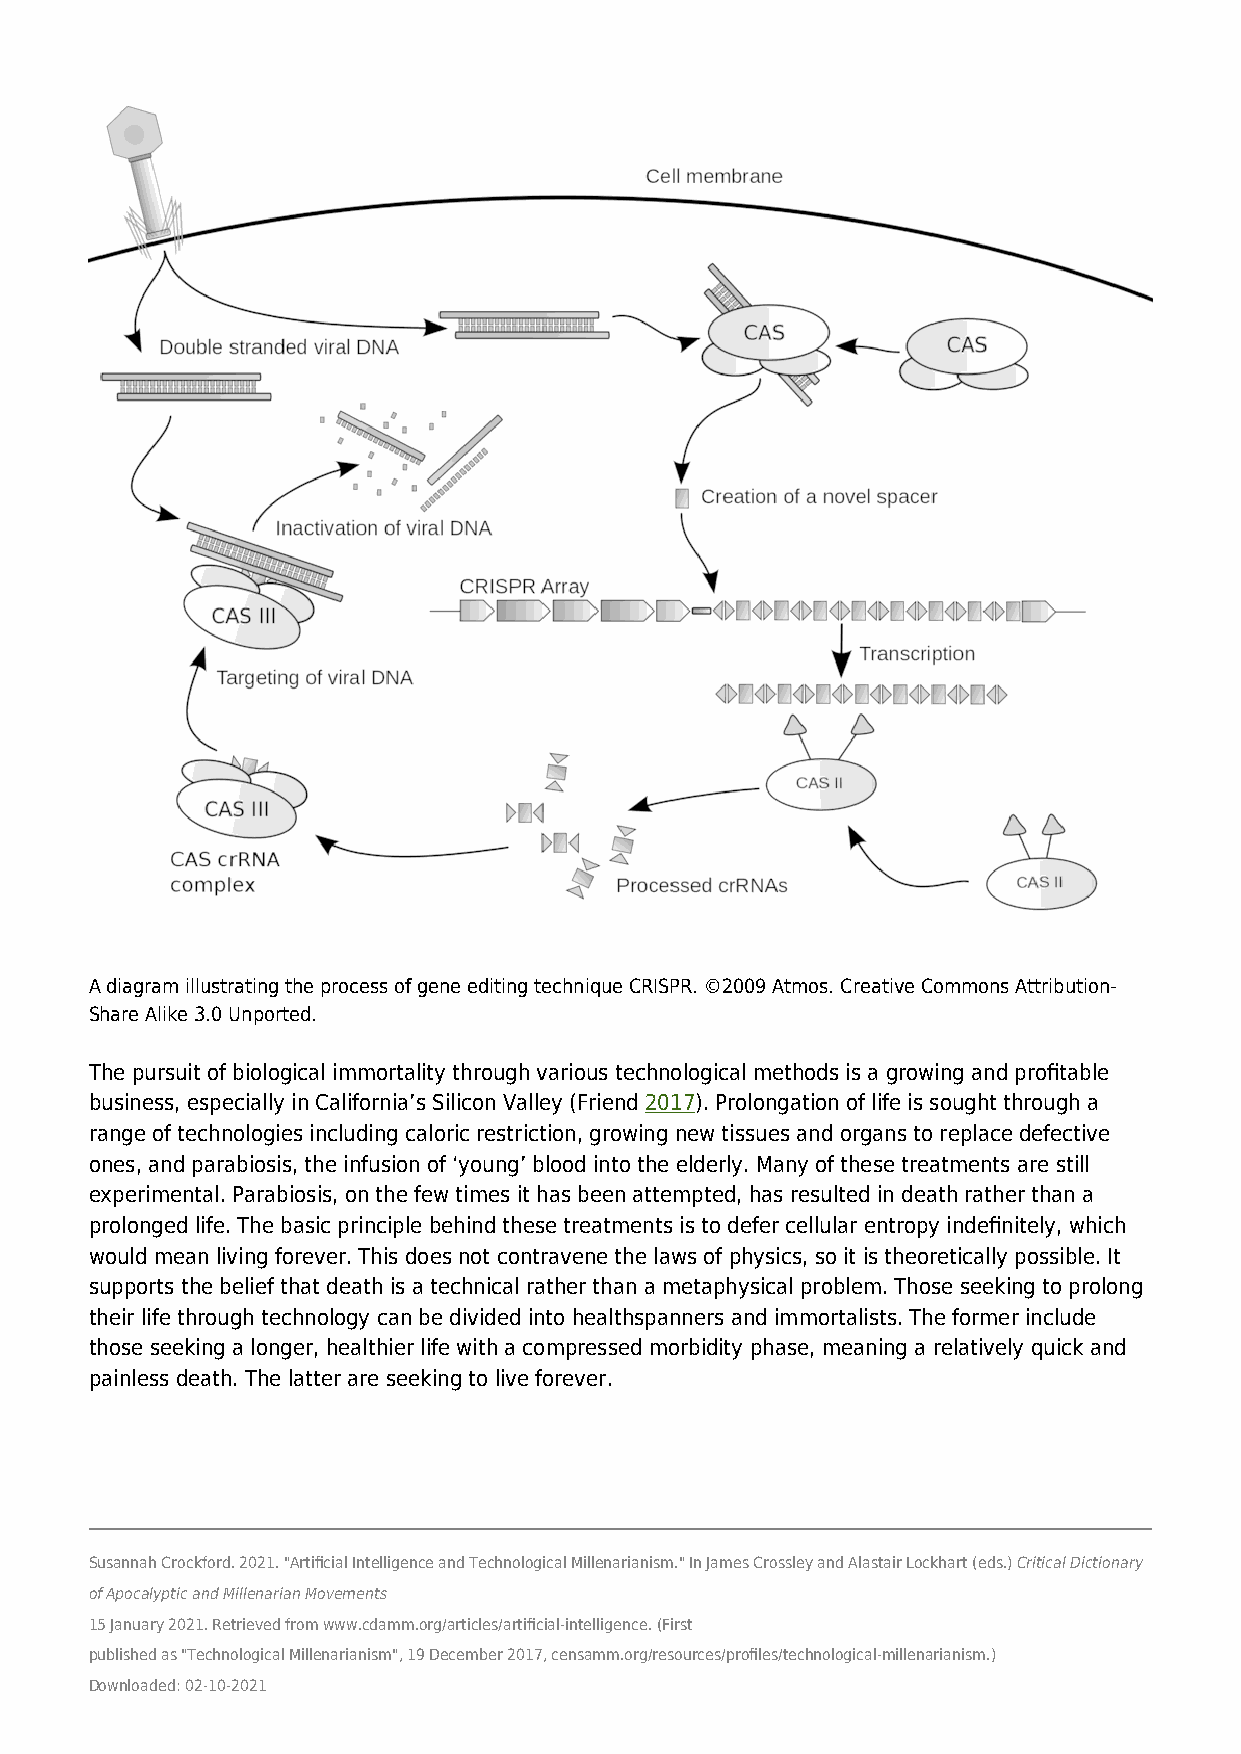
A diagram illustrating the process of gene editing technique CRISPR. ©2009 Atmos. Creative Commons Attribution-
 Share Alike 3.0 Unported.
 The pursuit of biological immortality through various technological methods is a growing and profitable
 business, especially in California’s Silicon Valley (Friend 2017). Prolongation of life is sought through a
 range of technologies including caloric restriction, growing new tissues and organs to replace defective
 ones, and parabiosis, the infusion of ‘young’ blood into the elderly. Many of these treatments are still
 experimental. Parabiosis, on the few times it has been attempted, has resulted in death rather than a
 prolonged life. The basic principle behind these treatments is to defer cellular entropy indefinitely, which
 would mean living forever. This does not contravene the laws of physics, so it is theoretically possible. It
 supports the belief that death is a technical rather than a metaphysical problem. Those seeking to prolong
 their life through technology can be divided into healthspanners and immortalists. The former include
 those seeking a longer, healthier life with a compressed morbidity phase, meaning a relatively quick and
 painless death. The latter are seeking to live forever.
 Susannah Crockford. 2021. "Artificial Intelligence and Technological Millenarianism." In James Crossley and Alastair Lockhart (eds.) Critical Dictionary
 of Apocalyptic and Millenarian Movements
 15 January 2021. Retrieved from www.cdamm.org/articles/artificial-intelligence. (First
 published as "Technological Millenarianism", 19 December 2017, censamm.org/resources/profiles/technological-millenarianism.)
 Downloaded: 02-10-2021